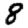
Digit: 8